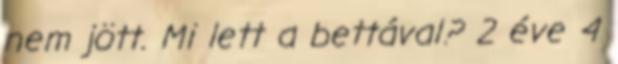
nem jött. Mi lett a bettával? 2 éve 4